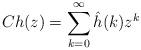
LaTeX: \begin{align*} Ch(z) = \sum_{k=0}^{\infty}\hat{h}(k)z^k\end{align*}